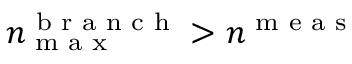
n _ { \textrm { m a x } } ^ { \textrm { b r a n c h } } > n ^ { \textrm { m e a s } }